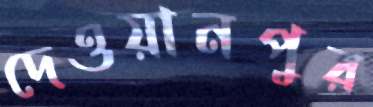
দেওয়ানপুর